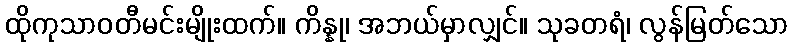
ထိုကုသာဝတီမင်းမျိုးထက်။ ကိန္နု၊ အဘယ်မှာလျှင်။ သုခတရံ၊ လွန်မြတ်သော